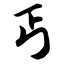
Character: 丐